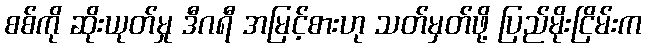
စစ်ကို ဆိုးယုတ်မှု ဒီဂရီ အမြင့်စားဟု သတ်မှတ်ဖို့ ပြည်မိုးငြိမ်းက